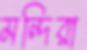
মন্দিরা